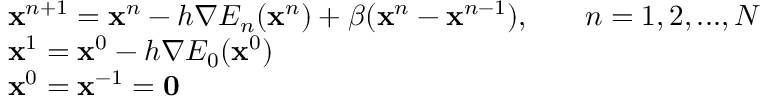
\begin{array} { r l r l } & { \mathbf { x } ^ { n + 1 } = \mathbf { x } ^ { n } - h \nabla E _ { n } ( \mathbf { x } ^ { n } ) + \beta ( \mathbf { x } ^ { n } - \mathbf { x } ^ { n - 1 } ) , } & & { { n = 1 , 2 , . . . , N } } \\ & { \mathbf { x } ^ { 1 } = \mathbf { x } ^ { 0 } - h \nabla E _ { 0 } ( \mathbf { x } ^ { 0 } ) } \\ & { \mathbf { x } ^ { 0 } = \mathbf { x } ^ { - 1 } = \mathbf { 0 } } \end{array}